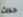
حدث